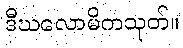
ဒီဃလောမိကသုတ်။